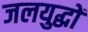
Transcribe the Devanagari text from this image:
जलयुद्धों